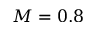
M = 0 . 8